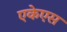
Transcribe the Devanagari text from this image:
एकेएस